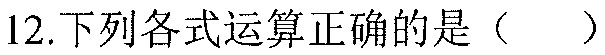
12.下列各式运算正确的是（  ）